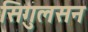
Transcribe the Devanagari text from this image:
सिगुलसन